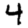
Digit: 4